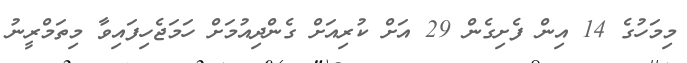
މިމަހުގެ 14 އިން ފެށިގެން 29 އަށް ކުރިއަށް ގެންދިއުމަށް ހަމަޖެހިފައިވާ މިތަމްރީނު